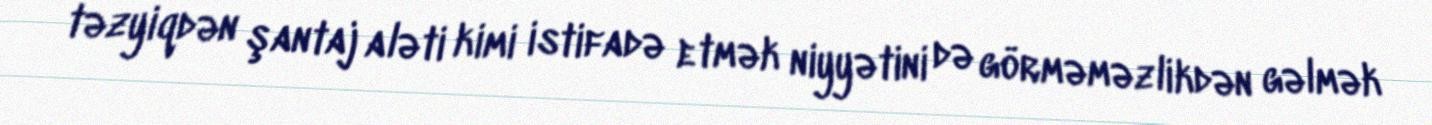
təzyiqdən şantaj aləti kimi istifadə etmək niyyətini də görməməzlikdən gəlmək